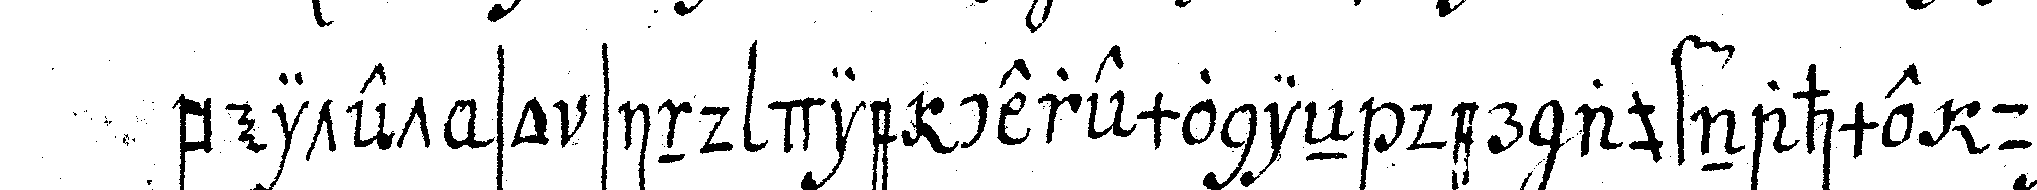
beitet so sind die ceremonieN der aufnahme unter